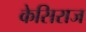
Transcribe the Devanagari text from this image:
केसिराज